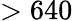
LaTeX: >640